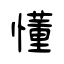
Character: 懂